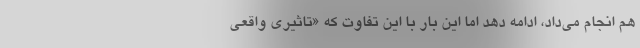
هم انجام می‌داد، ادامه دهد اما این بار با این تفاوت که «تاثیری واقعی